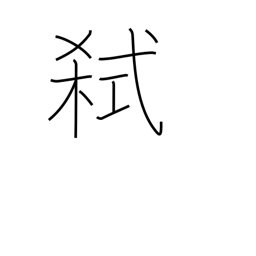
Meaning: murder one's lord or father